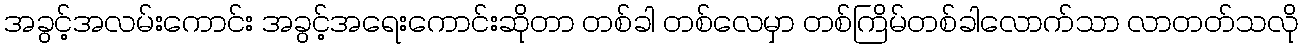
အခွင့်အလမ်းကောင်း အခွင့်အရေးကောင်းဆိုတာ တစ်ခါ တစ်လေမှာ တစ်ကြိမ်တစ်ခါလောက်သာ လာတတ်သလို